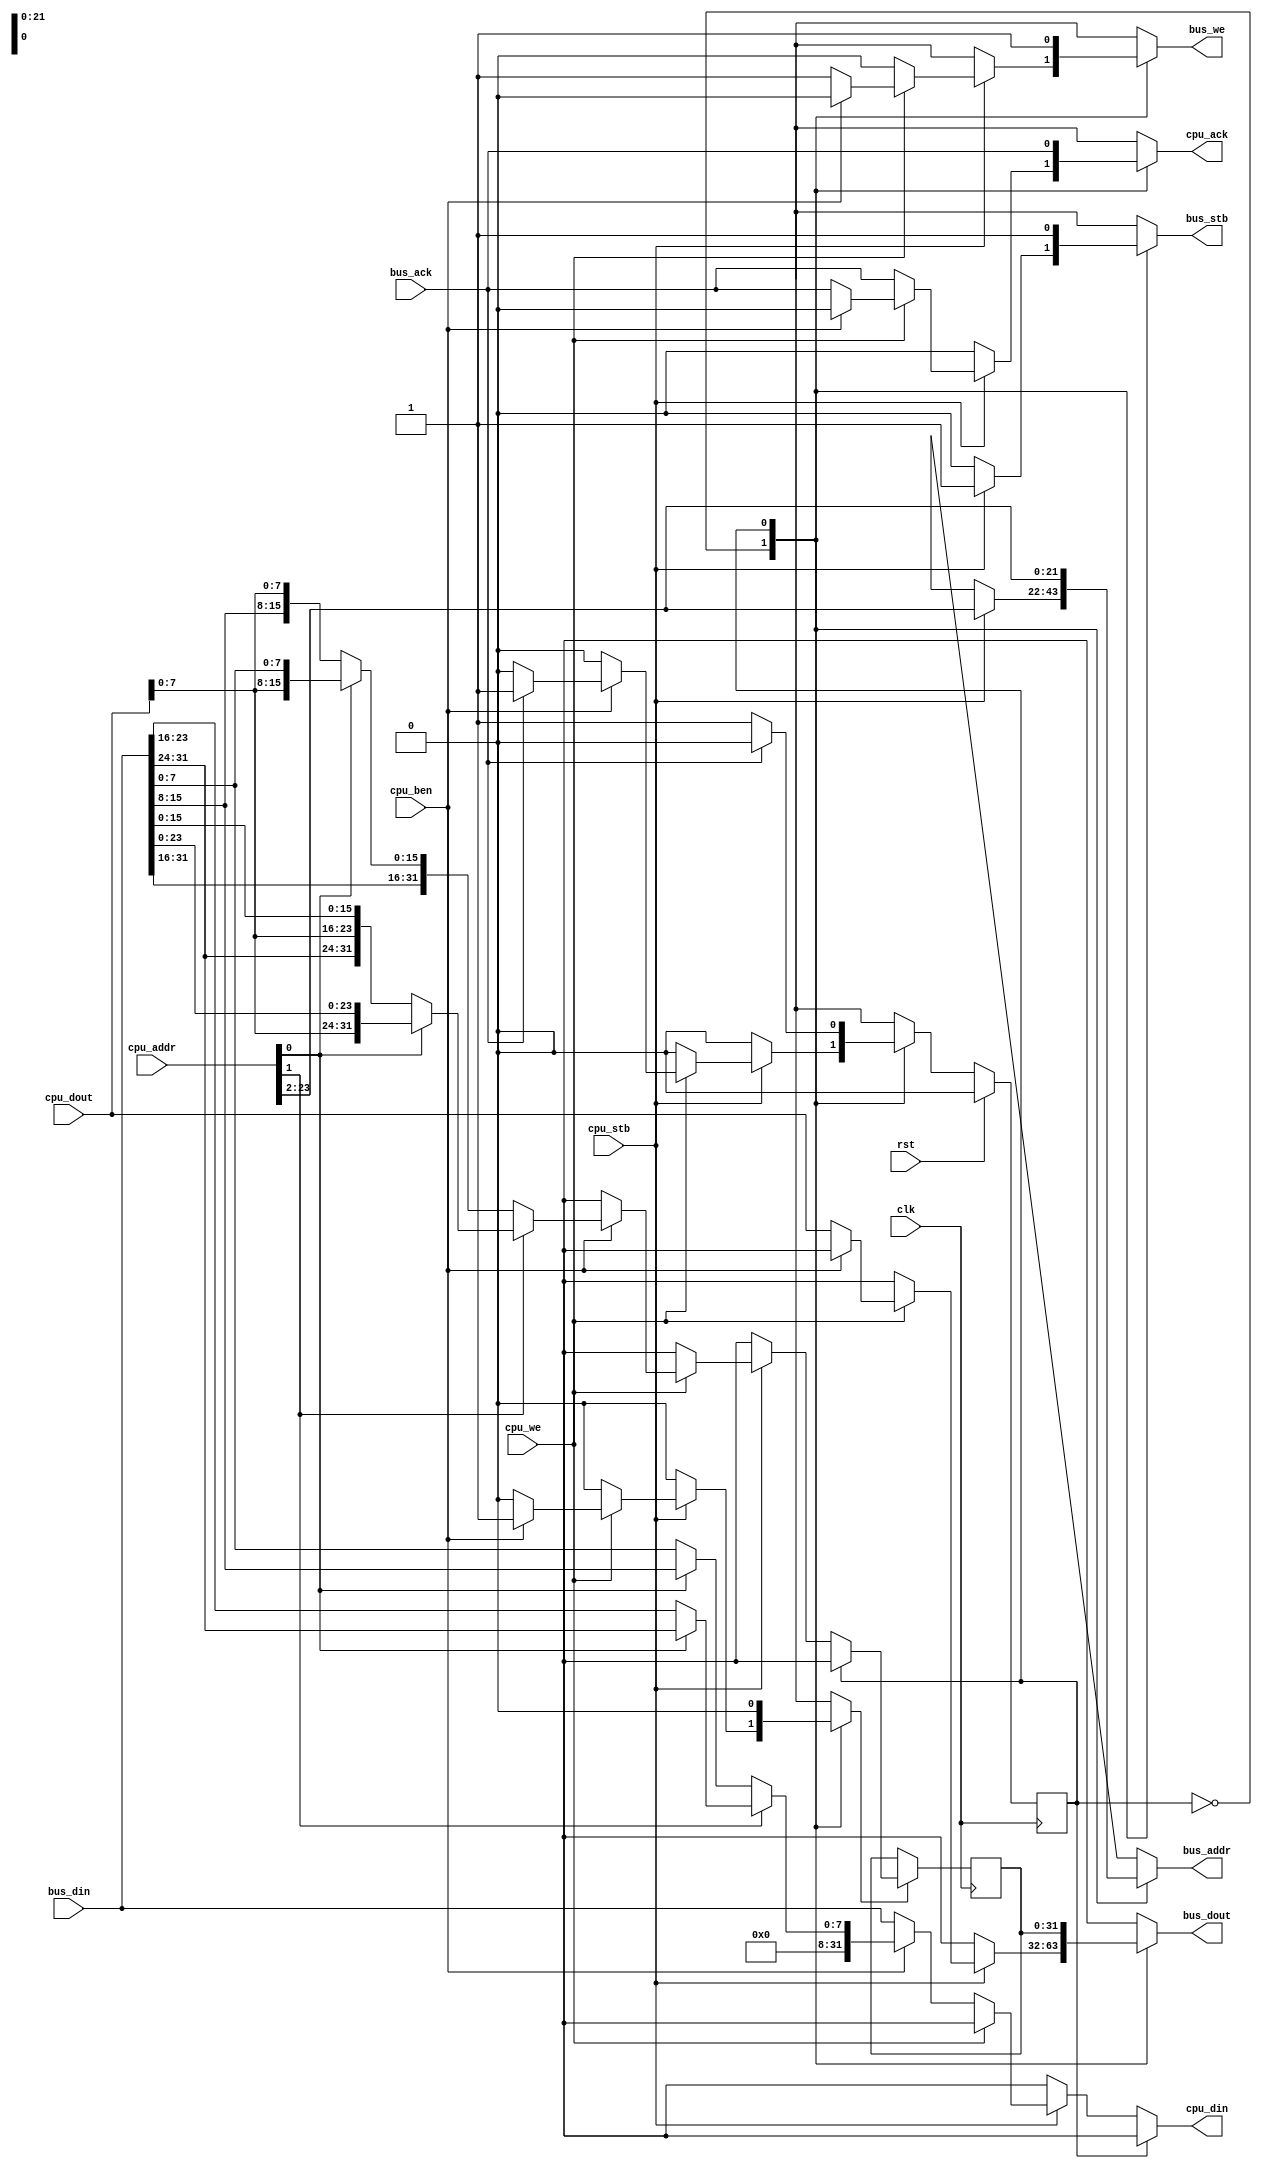
//
// cpu_bus.v -- the RISC5 CPU bus interface
//


`timescale 1ns / 1ps
`default_nettype none


module cpu_bus(clk, rst,
               bus_stb, bus_we, bus_addr,
               bus_din, bus_dout, bus_ack,
               cpu_stb, cpu_we, cpu_ben, cpu_addr,
               cpu_din, cpu_dout, cpu_ack);
    // bus interface
    input clk;
    input rst;
    output reg bus_stb;
    output reg bus_we;
    output reg [23:2] bus_addr;
    input [31:0] bus_din;
    output reg [31:0] bus_dout;
    input bus_ack;
    // CPU interface
    input cpu_stb;
    input cpu_we;
    input cpu_ben;
    input [23:0] cpu_addr;
    output reg [31:0] cpu_din;
    input [31:0] cpu_dout;
    output reg cpu_ack;

  reg state;
  reg next_state;
  reg [31:0] wbuf;
  reg wbuf_we;
  reg [31:0] wbuf_in;

  // ctrl
  always @(posedge clk) begin
    if (rst) begin
      state <= 0;
    end else begin
      state <= next_state;
    end
  end

  // output
  always @(*) begin
    case (state)
      1'b0:
        if (~cpu_stb) begin
          // no bus activity from cpu
          bus_stb = 1'b0;
          bus_we = 1'bx;
          bus_addr[23:2] = 22'hxxxxxx;
          bus_dout[31:0] = 32'hxxxxxxxx;
          cpu_din[31:0] = 32'hxxxxxxxx;
          cpu_ack = 1'b0;
          next_state = 1'b0;
          wbuf_we = 1'b0;
          wbuf_in[31:0] = 32'hxxxxxxxx;
        end else begin
          // bus activated by cpu
          if (~cpu_we) begin
            // cpu read cycle
            if (cpu_ben) begin
              // cpu read byte
              bus_stb = 1'b1;
              bus_we = 1'b0;
              bus_addr[23:2] = cpu_addr[23:2];
              bus_dout[31:0] = 32'hxxxxxxxx;
              if (~cpu_addr[1]) begin
                if (~cpu_addr[0]) begin
                  cpu_din[31:0] = { 24'h0, bus_din[ 7: 0] };
                end else begin
                  cpu_din[31:0] = { 24'h0, bus_din[15: 8] };
                end
              end else begin
                if (~cpu_addr[0]) begin
                  cpu_din[31:0] = { 24'h0, bus_din[23:16] };
                end else begin
                  cpu_din[31:0] = { 24'h0, bus_din[31:24] };
                end
              end
              cpu_ack = bus_ack;
              next_state = 1'b0;
              wbuf_we = 1'b0;
              wbuf_in[31:0] = 32'hxxxxxxxx;
            end else begin
              // cpu read word
              bus_stb = 1'b1;
              bus_we = 1'b0;
              bus_addr[23:2] = cpu_addr[23:2];
              bus_dout[31:0] = 32'hxxxxxxxx;
              cpu_din[31:0] = bus_din[31:0];
              cpu_ack = bus_ack;
              next_state = 1'b0;
              wbuf_we = 1'b0;
              wbuf_in[31:0] = 32'hxxxxxxxx;
            end
          end else begin
            // cpu write cycle
            if (cpu_ben) begin
              // cpu write byte
              // part 1: read word into word buffer
              bus_stb = 1'b1;
              bus_we = 1'b0;
              bus_addr[23:2] = cpu_addr[23:2];
              bus_dout[31:0] = 32'hxxxxxxxx;
              cpu_din[31:0] = 32'hxxxxxxxx;
              cpu_ack = 1'b0;
              if (~bus_ack) begin
                next_state = 1'b0;
              end else begin
                next_state = 1'b1;
              end
              wbuf_we = 1'b1;
              if (~cpu_addr[1]) begin
                if (~cpu_addr[0]) begin
                  wbuf_in[31:0] = { bus_din[31:24], bus_din[23:16],
                                    bus_din[15:8], cpu_dout[7:0] };
                end else begin
                  wbuf_in[31:0] = { bus_din[31:24], bus_din[23:16],
                                    cpu_dout[7:0], bus_din[7:0] };
                end
              end else begin
                if (~cpu_addr[0]) begin
                  wbuf_in[31:0] = { bus_din[31:24], cpu_dout[7:0],
                                    bus_din[15:8], bus_din[7:0] };
                end else begin
                  wbuf_in[31:0] = { cpu_dout[7:0], bus_din[23:16],
                                    bus_din[15:8], bus_din[7:0] };
                end
              end
            end else begin
              // cpu write word
              bus_stb = 1'b1;
              bus_we = 1'b1;
              bus_addr[23:2] = cpu_addr[23:2];
              bus_dout[31:0] = cpu_dout[31:0];
              cpu_din[31:0] = 32'hxxxxxxxx;
              cpu_ack = bus_ack;
              next_state = 1'b0;
              wbuf_we = 1'b0;
              wbuf_in[31:0] = 32'hxxxxxxxx;
            end
          end
        end
      1'b1:
        begin
          // cpu write halfword or byte
          // part 2: write word from word buffer
          bus_stb = 1'b1;
          bus_we = 1'b1;
          bus_addr[23:2] = cpu_addr[23:2];
          bus_dout[31:0] = wbuf[31:0];
          cpu_din[31:0] = 32'hxxxxxxxx;
          cpu_ack = bus_ack;
          if (~bus_ack) begin
            next_state = 1'b1;
          end else begin
            next_state = 1'b0;
          end
          wbuf_we = 1'b0;
          wbuf_in[31:0] = 32'hxxxxxxxx;
        end
    endcase
  end

  // word buffer
  always @(posedge clk) begin
    if (wbuf_we) begin
      wbuf[31:0] <= wbuf_in[31:0];
    end
  end

endmodule